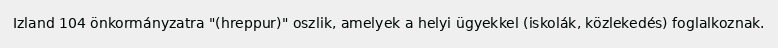
Izland 104 önkormányzatra "(hreppur)" oszlik, amelyek a helyi ügyekkel (iskolák, közlekedés) foglalkoznak.